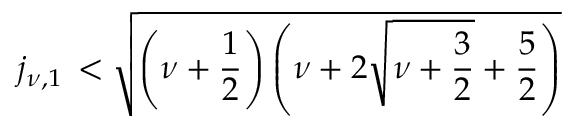
j _ { \nu , 1 } \, < \sqrt { \left( \nu + \frac 1 2 \right) \left( \nu + 2 \sqrt { \nu + \frac 3 2 } + \frac 5 2 \right) }